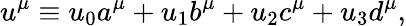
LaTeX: u^{\mu}\equiv u_{0}a^{\mu}+u_{1}b^{\mu}+u_{2}c^{\mu}+u_{3}d^{\mu},